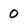
Character: O